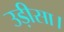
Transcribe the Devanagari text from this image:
उड़ीसा।